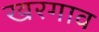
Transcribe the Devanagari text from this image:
खरगाव